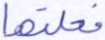
فعلتها